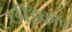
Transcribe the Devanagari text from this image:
छीड़काव